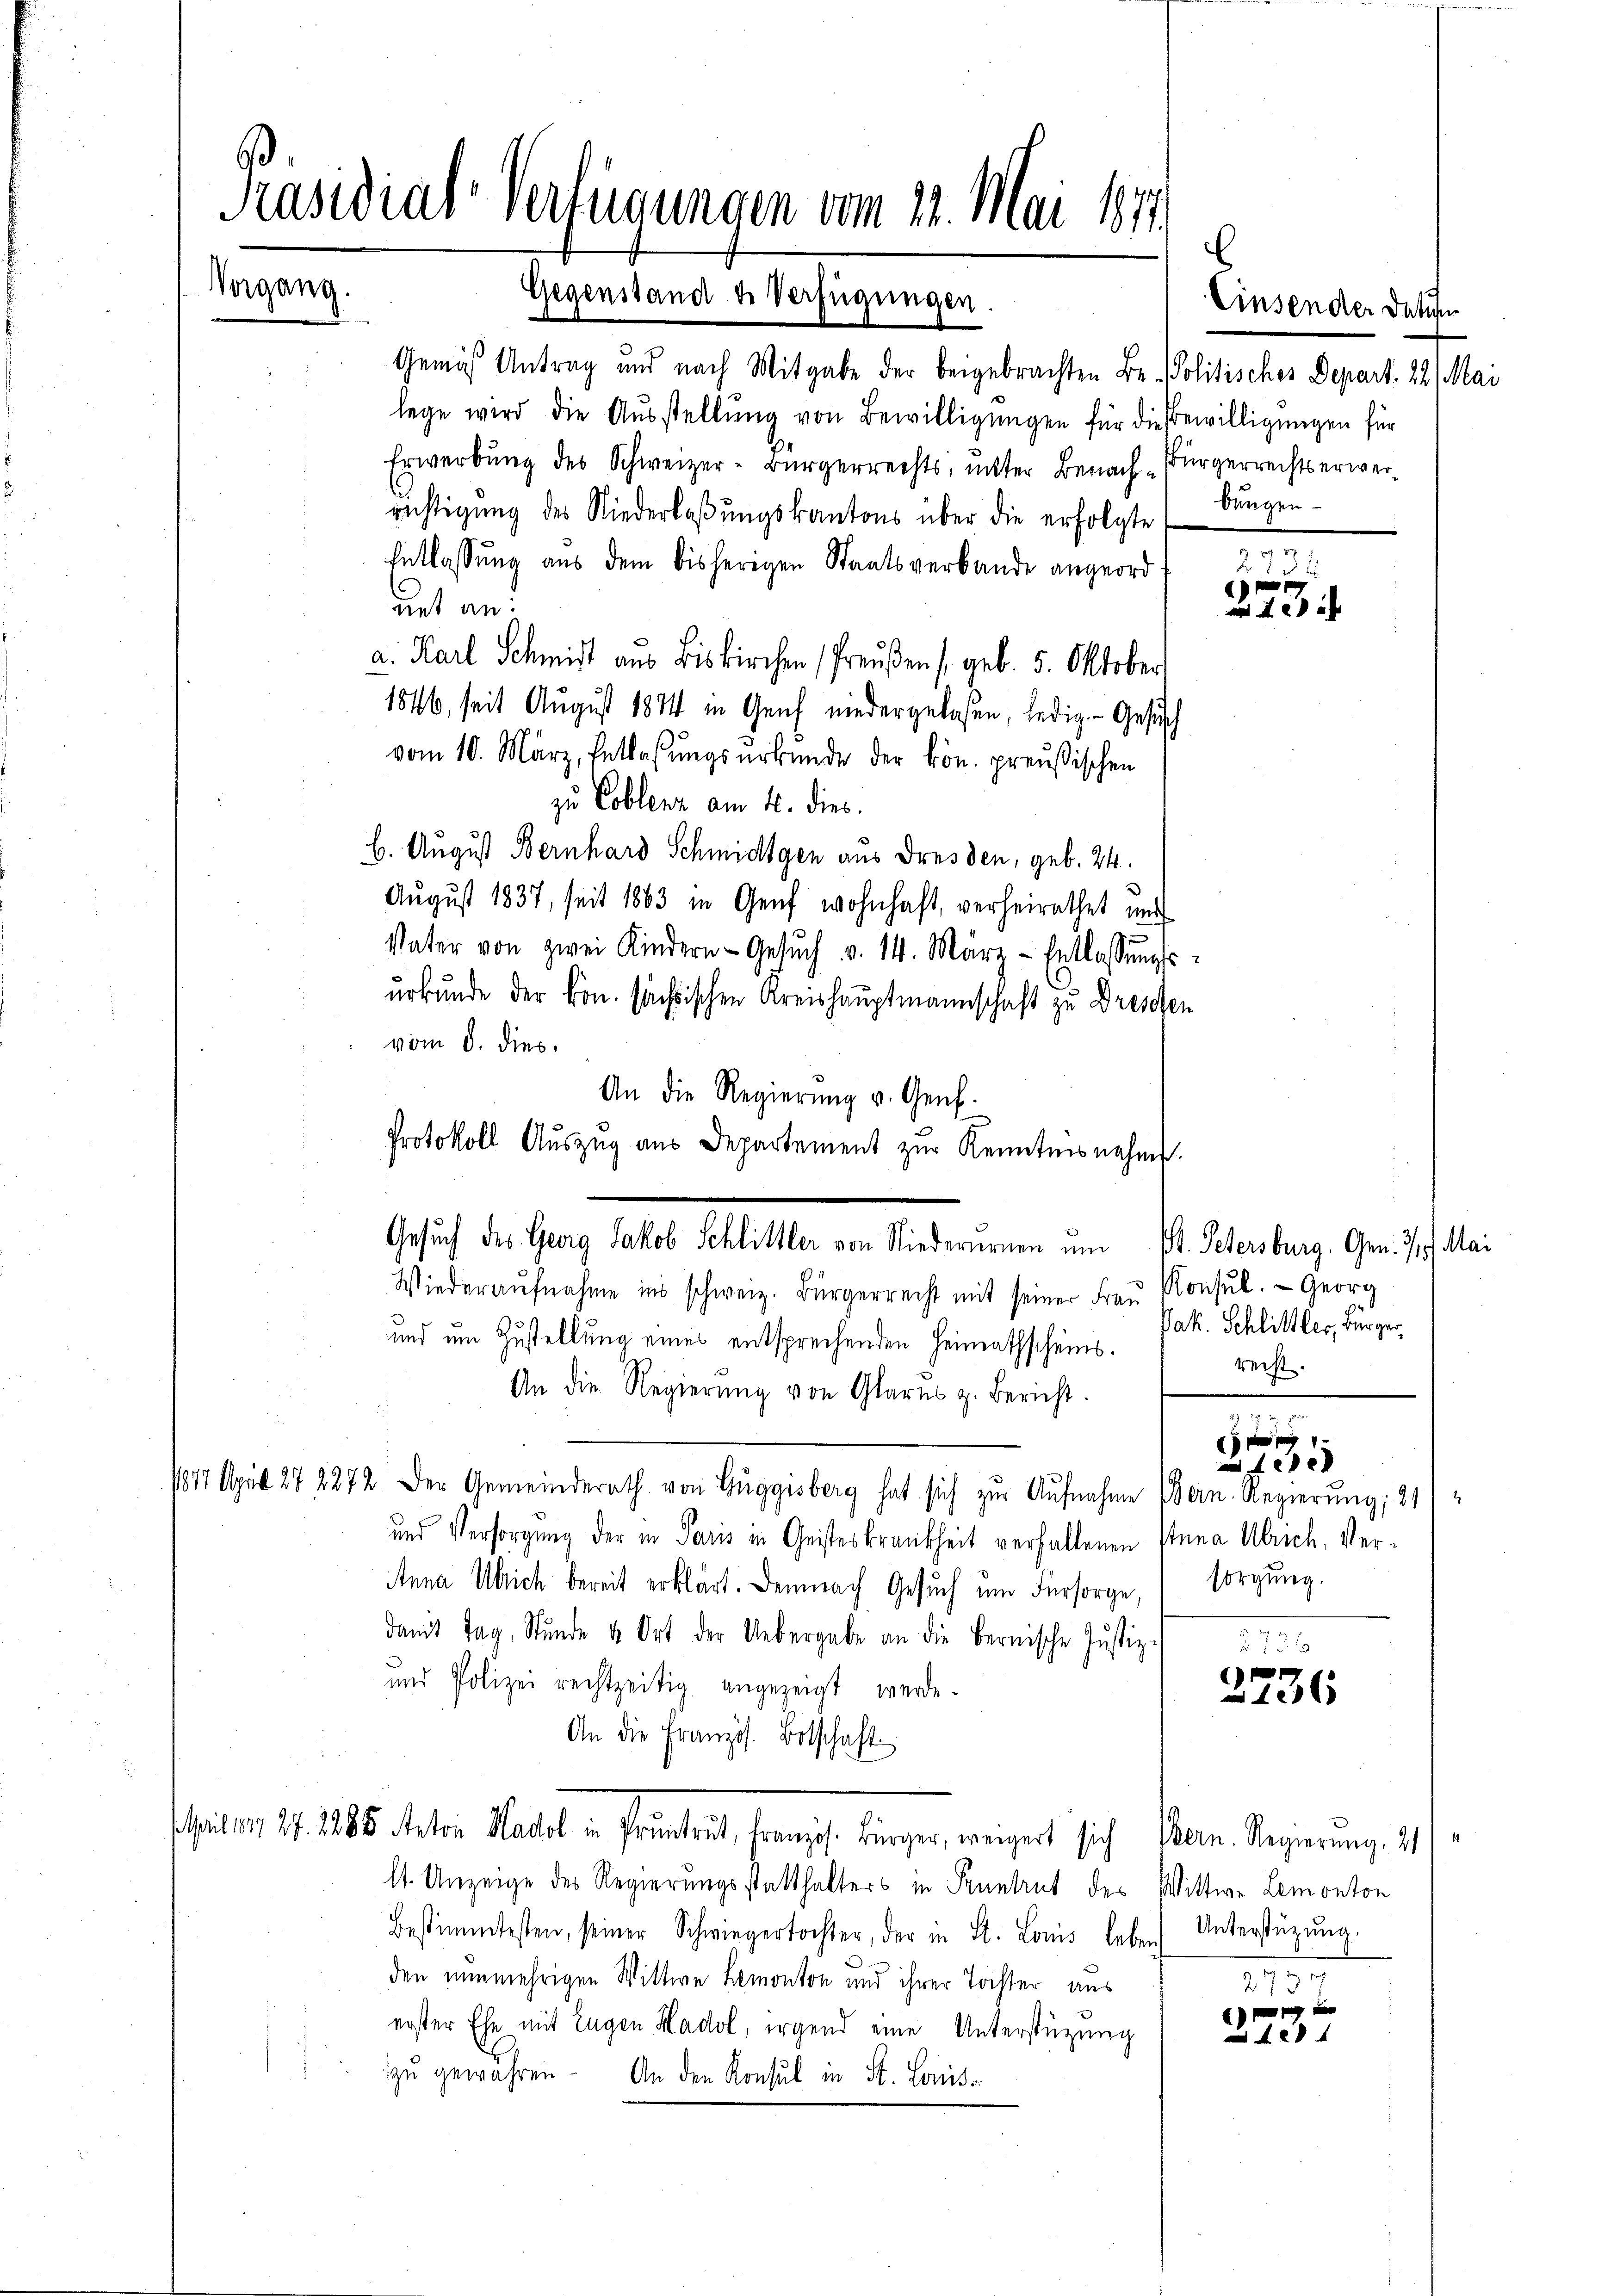
Präsidial-Verfügungen vom 22. Mai 1871
Vorgang.
Gegenstand de Verfügungen.

Gemäß Antrag und nach Mitgabe der beigebrachten Be- Politisches Depart. 22. Mai
lege wird die Aŭsstellung von Bewilligungen für die Bewilligungen für
Erwerbŭng des Schweizer-Bürgerrechts, unter Benach Bürgerrechtserwerrichtigung des Niederlaβŭngskantons über die erfolgte
Entlassung aus dem bisherigen Staatsverbande angeord
net an:
a. Karl Schmidt aus Biskirchen Preußen (geb. 5. Oktober
1846, seit August 1874 in Genf niedergelassen, ledig. Gesuch
vom 10. März, Entlassungsurkunde der kön. preußischen
zu Coblenz am 4. dies
b. August Bernhard Schmidigen aus Dresden, geb. 24.
August 1837, seit 1863 in Genf wohnhaft, verheirathet und
Vater von zwei Kindern - Gesŭch v. 14. März - Entlassŭngs-
urkunde der kon. sächsischen Kreishauptmannschaft zu Dresden
vom 8. dies
An die Regierŭng u. Genf.
Protokoll Auszug aus Departement zur Kenntnisnahm.
Wiederaŭfnahme ins schweiz. Bürgerrecht mit seiner Fraŭ Konsŭl. Georg
und um Zustellung eines entsprechenden Heimathscheins¬
An die Regierŭng von Glarus z. Bericht.
1817 April 27 2272 der Gemeinderath von Guggisberg hat sich zur Aufnahme Bern. Regierung; 21)
und Versorgung der in Paris in Geisteskrankheit verfallenen Anna Ulrich, Ver¬
Anna Ulrich bereit erklärt. Demnach Gesuch um Fürsorge, (sorgung.
damit Tag, Stunde v. Ort der Uebergabe an die bernische Justiz-
und Polizei rechtzeitig angezeigt werde.
An die Französ. Betschaft
Apulen 27. 1885 Anton Hasel in Pruntrut, Französ. Bürger, weigert sich an. Regierung 21
lt. Unzeige des Regierungsstatthalters in Pruntrut des Wittwe Lemonton
Bestimmtesten, seiner Schwiegertochter, der in St. Louis leben Unterstüzung.
den nunmehrigen Wittwe Lemonton und ihrer Tochter aus
erster Ehe mit Eugen Hadol, irgend eine Unterstützung
zu gewahren. An den Konsul in St. Louis-

Gesuch des Georg Jakob Schlittler von Niederurnen um St. Petersburg. Gen. 7/7. Mai

bungen
m

Jak. Schlittler, Bürgerreiht.

756

2732
n
 xx

n
0xx

2736

e
27:

e

Einsender Datu